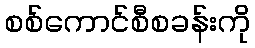
စစ်ကောင်စီစခန်းကို